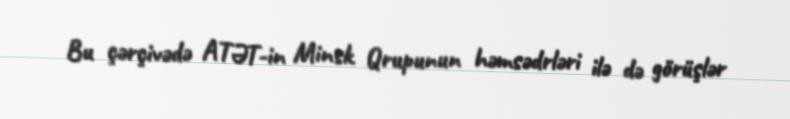
Bu çərçivədə ATƏT-in Minsk Qrupunun həmsədrləri ilə də görüşlər